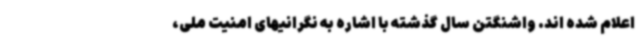
اعلام شده اند. واشنگتن سال گذشته با اشاره به نگرانیهای امنیت ملی،